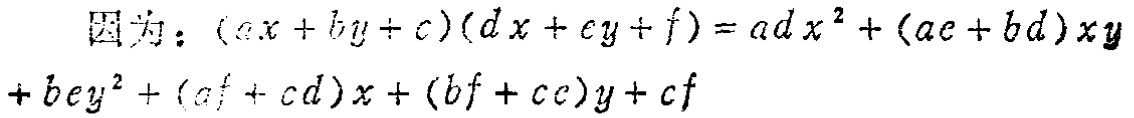
因为：\((ax + by + c)(dx + ey + f)=adx^{2}+(ae + bd)xy + bey^{2}+(af + cd)x+(bf + ce)y + cf\)